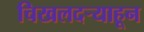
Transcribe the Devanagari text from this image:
चिखलदर्‍याहून